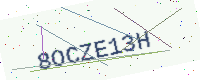
Text: 8OCZE13H